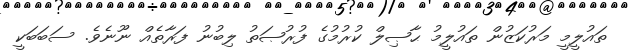
ތައުލީމީ މަރުކަޒުން ތައުލީމު ޙާޞިލް ކުރުމުގެ ފުރުޞަތު ލިބުނު ފަރާތެއް ނޫނެވެ. ސަބަބަކީ